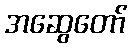
အဆွေတော်